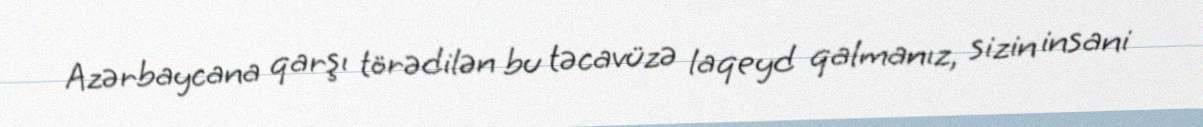
Azərbaycana qarşı törədilən bu təcavüzə laqeyd qalmanız, sizin insani